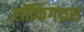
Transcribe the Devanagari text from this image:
लॉफिंगथ्रश